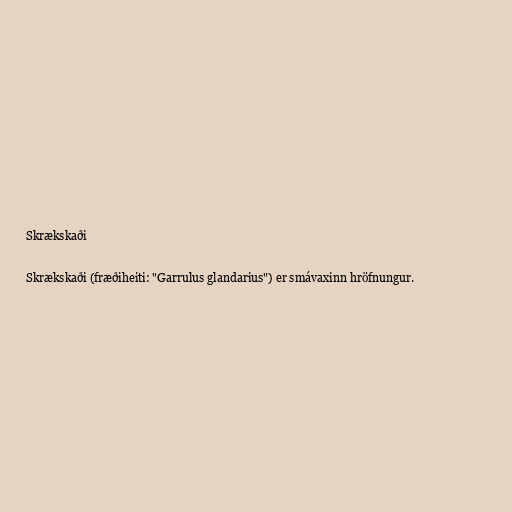
Skrækskaði

Skrækskaði (fræðiheiti: "Garrulus glandarius") er smávaxinn hröfnungur.